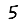
Digit: 5